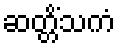
ဆတ္တိံသကံ